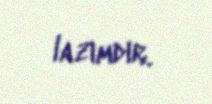
lazımdır.